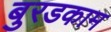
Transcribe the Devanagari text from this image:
बुरडकाम